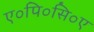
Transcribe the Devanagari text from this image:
ए०पि०सि०ए